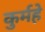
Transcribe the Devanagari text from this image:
कुर्महे